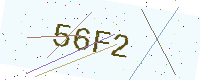
Text: 56F2